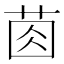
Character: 𦯯